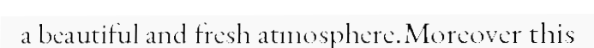
a beautiful and fresh atmosphere.Moreover this